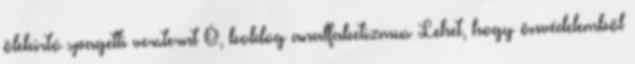
ölebirtó spagetti versternt Ó, boldog analfabetizmus Lehet, hogy önvédelemből